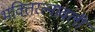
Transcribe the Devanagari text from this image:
भक्तिरत्नावली